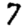
Digit: 7